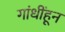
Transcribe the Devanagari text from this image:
गांधींहून